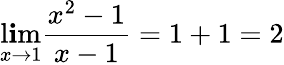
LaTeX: \operatorname*{l\mathbf{i}m}_{x\to1}{\frac{{x^{2}-1}}{{x-1}}}=1+1=2